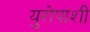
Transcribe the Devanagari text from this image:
युरोपाशी